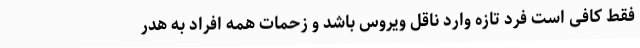
فقط کافی است فرد تازه وارد ناقل ویروس باشد و زحمات همه افراد به هدر